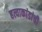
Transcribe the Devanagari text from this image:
हत्याकांडांची